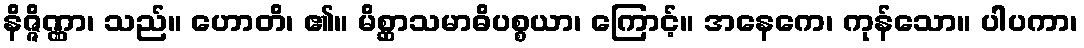
နိဇ္ဇိဏ္ဏာ၊ သည်။ ဟောတိ၊ ၏။ မိစ္ဆာသမာဓိပစ္စယာ၊ ကြောင့်။ အနေကေ၊ ကုန်သော။ ပါပကာ၊